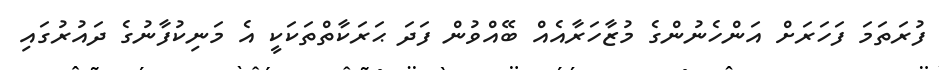
ފުރަތަމަ ފަހަރަށް އަންހެނުންގެ މުޒާހަރާއެއް ބޭއްވުން ފަދަ ޙަރަކާތްތަކަކީ އެ މަނިކުފާނުގެ ދައުރުގައި